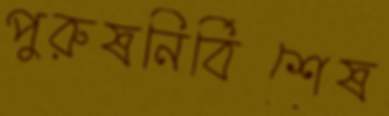
পুরুষনির্বিশেষ